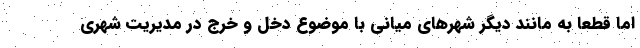
اما قطعا به مانند دیگر شهرهای میانی با موضوع دخل و خرج در مدیریت شهری